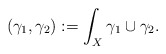
\begin{align*}(\gamma_1,\gamma_2):=\int_X \gamma_1\cup \gamma_2.\end{align*}